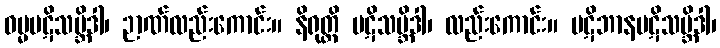
ဓမ္မပဋိသမ္ဘိဒါ၊ ဉာဏ်လည်းကောင်း။ နိရုတ္တိ ပဋိသမ္ဘိဒါ၊ လည်းကောင်း။ ပဋိဘာနပဋိသမ္ဘိဒါ၊